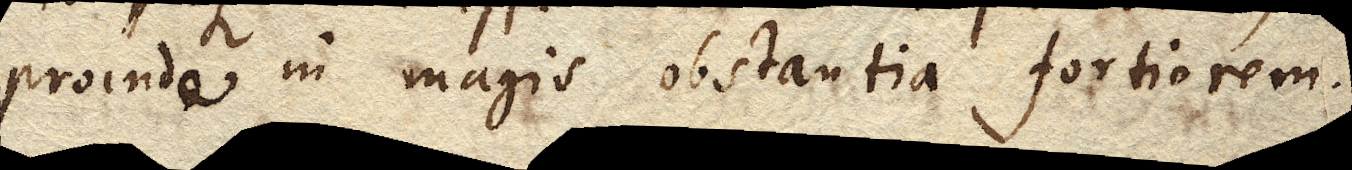
proinde in magis obstantia fortiorem.